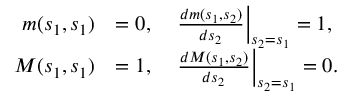
{ \begin{array} { r l } { m ( s _ { 1 } , s _ { 1 } ) } & { = 0 , \quad \left. { \frac { d m ( s _ { 1 } , s _ { 2 } ) } { d s _ { 2 } } } \right| _ { s _ { 2 } = s _ { 1 } } = 1 , } \\ { M ( s _ { 1 } , s _ { 1 } ) } & { = 1 , \quad \left. { \frac { d M ( s _ { 1 } , s _ { 2 } ) } { d s _ { 2 } } } \right| _ { s _ { 2 } = s _ { 1 } } = 0 . } \end{array} }